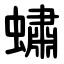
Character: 蟰